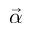
\vec { \alpha }